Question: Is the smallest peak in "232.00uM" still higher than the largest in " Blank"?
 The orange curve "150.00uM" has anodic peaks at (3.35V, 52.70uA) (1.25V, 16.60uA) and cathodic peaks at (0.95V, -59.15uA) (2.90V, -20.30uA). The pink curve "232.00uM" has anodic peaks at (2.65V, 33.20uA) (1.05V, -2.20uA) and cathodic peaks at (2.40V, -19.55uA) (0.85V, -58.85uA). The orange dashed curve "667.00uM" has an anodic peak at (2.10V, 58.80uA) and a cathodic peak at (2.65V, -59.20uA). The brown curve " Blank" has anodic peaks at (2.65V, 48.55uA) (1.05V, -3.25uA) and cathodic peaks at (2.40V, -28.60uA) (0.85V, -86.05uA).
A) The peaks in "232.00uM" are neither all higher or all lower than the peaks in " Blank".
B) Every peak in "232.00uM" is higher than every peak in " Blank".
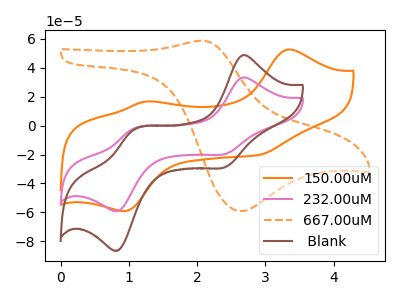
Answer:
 <answer>A) The peaks in "232.00uM" are neither all higher or all lower than the peaks in " Blank".</answer>
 <eval>A</eval>